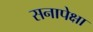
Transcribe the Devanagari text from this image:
सनापेक्षा